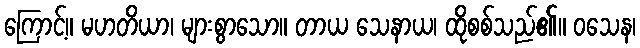
ကြောင့်။ မဟတိယာ၊ များစွာသော။ တာယ သေနာယ၊ ထိုစစ်သည်၏။ ဝသေန၊